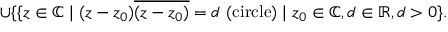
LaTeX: \cup \{ \{ z \in \mathbb { C } \mid ( z - z _ { 0 } ) { \overline { { ( z - z _ { 0 } ) } } } = d \ { \mathrm { ( c i r c l e ) } } \mid z _ { 0 } \in \mathbb { C } , d \in \mathbb { R } , d > 0 \} .